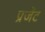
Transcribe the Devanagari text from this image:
प्रजेंट